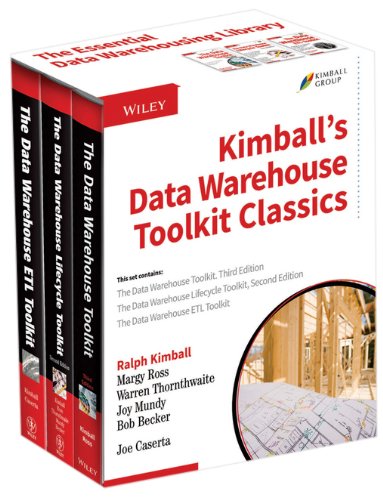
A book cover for Kimball's Data Warehouse Toolkit Classics: 3 Volume Set; Ralph Kimball; Computers & Technology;